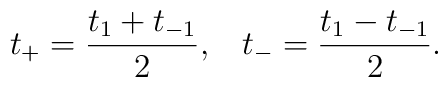
t_{+}=\frac{t_{1}+t_{-1}}{2},\;\;\;t_{-}=\frac{t_{1}-t_{-1}}{2}.